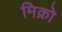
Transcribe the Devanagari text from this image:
मिक्रो